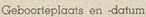
Geboorteplaats en datum